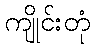
ကျိုင်းတုံ